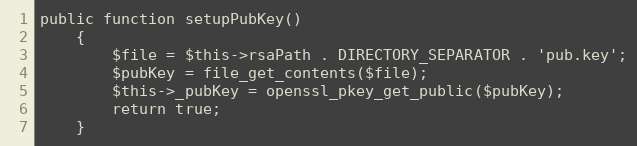
Language: PHP
public function setupPubKey()
    {
        $file = $this->rsaPath . DIRECTORY_SEPARATOR . 'pub.key';
        $pubKey = file_get_contents($file);
        $this->_pubKey = openssl_pkey_get_public($pubKey);
        return true;
    }